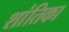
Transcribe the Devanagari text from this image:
शांतिका